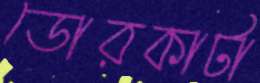
ডোরকাটা